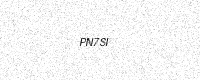
Text: PN7SI